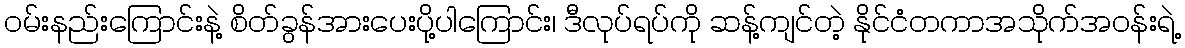
ဝမ်းနည်းကြောင်းနဲ့ စိတ်ခွန်အားပေးပို့ပါကြောင်း၊ ဒီလုပ်ရပ်ကို ဆန့်ကျင်တဲ့ နိုင်ငံတကာအသိုက်အဝန်းရဲ့